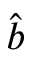
\hat { b }